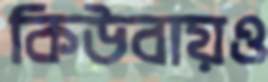
কিউবায়ও